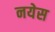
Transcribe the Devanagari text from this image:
नयेस